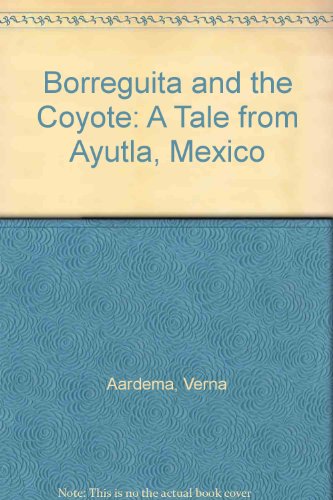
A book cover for Borreguita and the Coyote Ayutla Mexico; Verna Aardema; Children's Books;